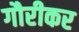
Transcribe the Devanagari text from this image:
गौरीकर